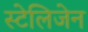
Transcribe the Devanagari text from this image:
स्टेलिजेन